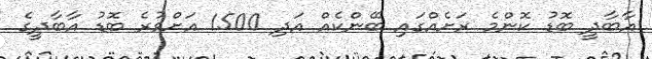
އާބާދީ ބޮޑު ކޮންމެ ރަށެއްގައި ބޭންކެއް އަދި 1500 އަށްވުރެ ބޮޑު އާބާދީގެ